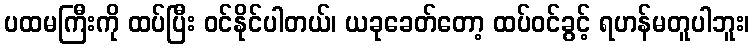
ပထမကြီးကို ထပ်ပြီး ဝင်နိုင်ပါတယ်၊ ယခုခေတ်တော့ ထပ်ဝင်ခွင့် ရဟန်မတူပါဘူး၊